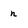
Character: n